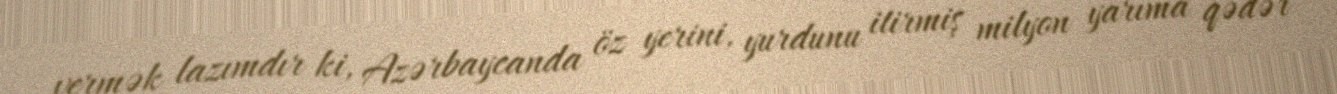
vermək lazımdır ki, Azərbaycanda öz yerini, yurdunu itirmiş milyon yarıma qədər